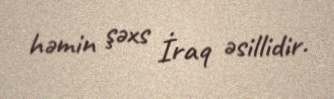
həmin şəxs İraq əsillidir.